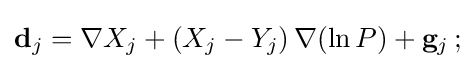
\mathbf {d} _{j}=\nabla X_{j}+(X_{j}-Y_{j})\,\nabla (\ln P)+\mathbf {g} _{j}\,;